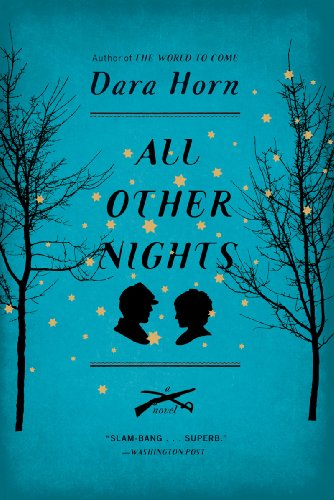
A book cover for All Other Nights: A Novel; Dara Horn; Literature & Fiction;